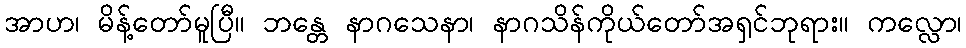
အာဟ၊ မိန့်တော်မူပြီ။ ဘန္တေ နာဂသေနာ၊ နာဂသိန်ကိုယ်တော်အရှင်ဘုရား။ ကလ္လော၊